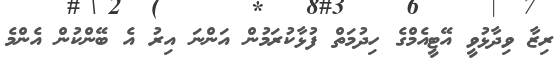
ރިޒާ ވިދާޅުވީ އޭޓީއެމްގެ ހިދުމަތް ފުޅާކުރަމުން އަންނަ އިރު އެ ބޭންކުން އެންމެ